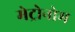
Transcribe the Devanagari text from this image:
मेट्रोनोम